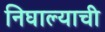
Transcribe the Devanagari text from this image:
निघाल्याची